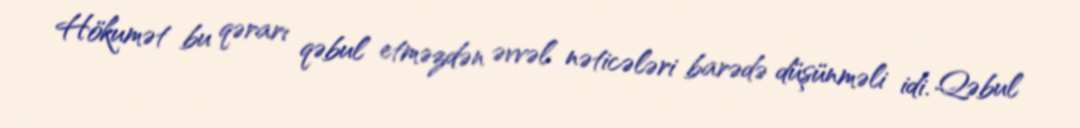
Hökumət bu qərarı qəbul etməzdən əvvəl nəticələri barədə düşünməli idi. Qəbul